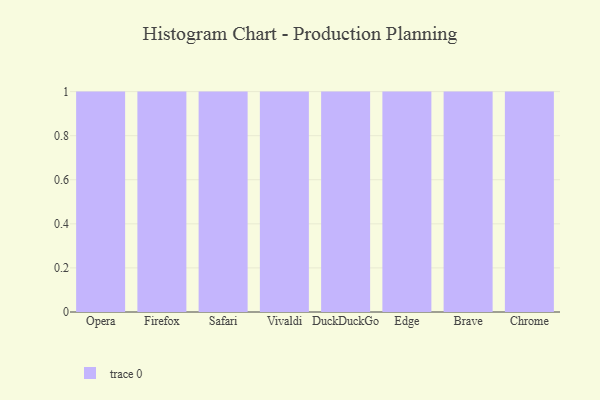
{"axis": {"x": "Browser", "y": "Net Income (USD K)"}, "legend": [""], "data": [{"x": "Opera", "y": 59, "type": ""}, {"x": "Firefox", "y": 14, "type": ""}, {"x": "Safari", "y": 98, "type": ""}, {"x": "Vivaldi", "y": 99, "type": ""}, {"x": "DuckDuckGo", "y": 60, "type": ""}, {"x": "Edge", "y": 34, "type": ""}, {"x": "Brave", "y": 18, "type": ""}, {"x": "Chrome", "y": 29, "type": ""}]}